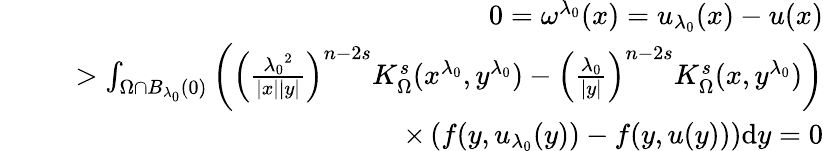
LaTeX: \begin{array}{rlr}&{}&{0=\omega^{\lambda_{0}}(x)=u_{\lambda_{0}}(x)-u(x)}\\ &{}&{\, \, \, \, >\int_{\Omega\cap B_{\lambda_{0}}(0)}\left(\left(\frac{{\lambda_{0}}^{2}}{|x||y|}\right)^{n-2s}K_{\Omega}^{s}(x^{\lambda_{0}},y^{\lambda_{0}})-{\left(\frac{{\lambda_{0}}}{|y|}\right)}^{n-2s}K_{\Omega}^{s}(x,y^{\lambda_{0}})\right)}\\ &{}&{\qquad\times\left(f(y,u_{\lambda_{0}}(y))-f(y,u(y))\right)\mathrm dy=0}\end{array}